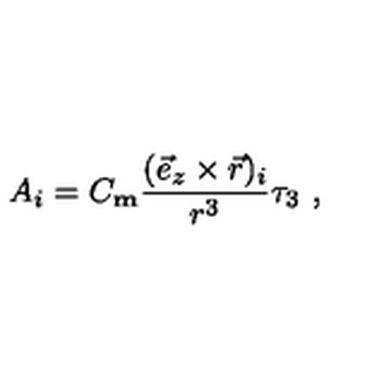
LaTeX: A _ { i } = C _ { \mathrm { \bf m } } \frac { ( \vec { e } _ { z } \times \vec { r } ) _ { i } } { r ^ { 3 } } \tau _ { 3 } \ ,